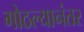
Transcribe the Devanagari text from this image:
गोठल्यानंतर